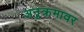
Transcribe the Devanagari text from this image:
अनुक्रमावर